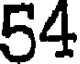
54